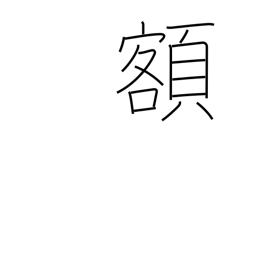
Meaning: sum